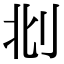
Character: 𠛙